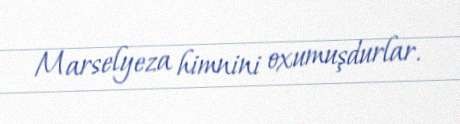
Marselyeza himnini oxumuşdurlar.